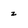
Character: z